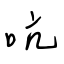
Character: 吭